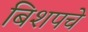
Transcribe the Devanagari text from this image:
बिशपचे